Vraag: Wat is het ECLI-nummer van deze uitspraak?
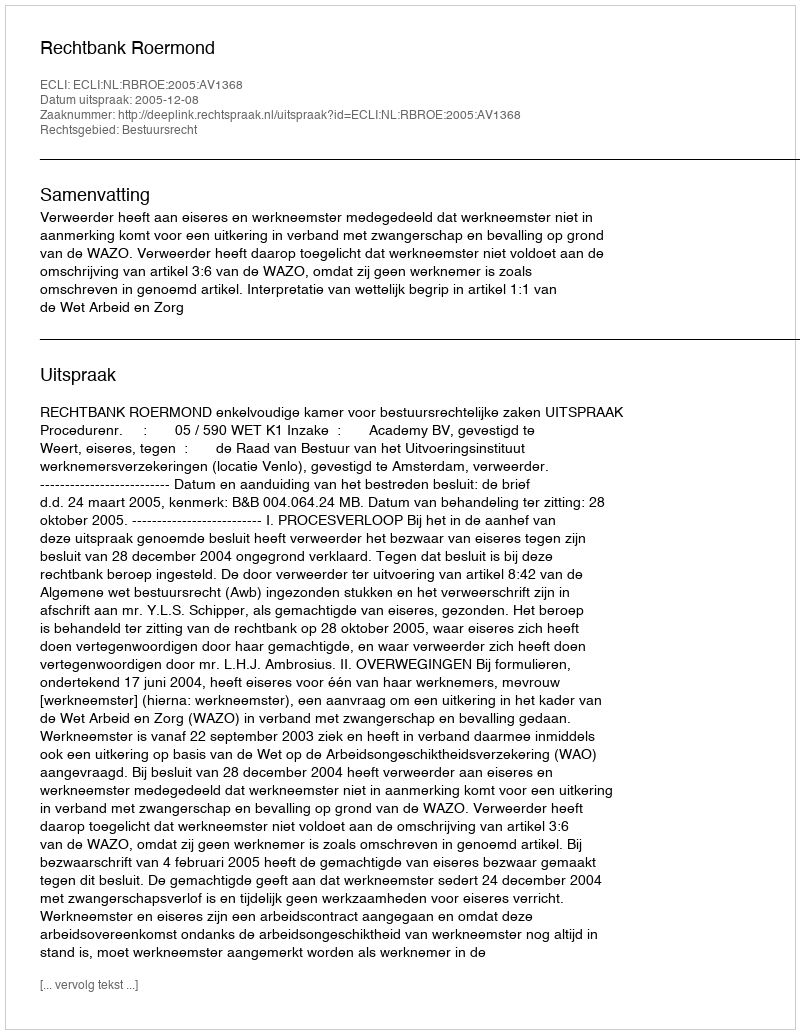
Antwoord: ECLI:NL:RBROE:2005:AV1368